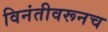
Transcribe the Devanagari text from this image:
विनंतीवरूनच